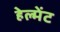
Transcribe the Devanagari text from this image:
हेल्मेंट